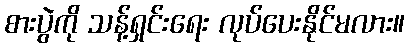
စားပွဲကို သန့်ရှင်းရေး လုပ်ပေးနိုင်မလား။